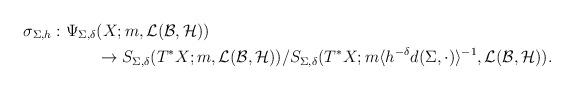
LaTeX: \begin{align*}\sigma_{\Sigma,h}:\Psi_{\Sigma,\delta}&(X;m,\mathcal{L}(\mathcal{B},\mathcal{H}))\\&\to S_{\Sigma,\delta}(T^\ast X;m,\mathcal{L}(\mathcal{B},\mathcal{H}))/S_{\Sigma,\delta}(T^\ast X;m\langle h^{-\delta}d(\Sigma,\cdot)\rangle^{-1},\mathcal{L}(\mathcal{B},\mathcal{H})).\end{align*}